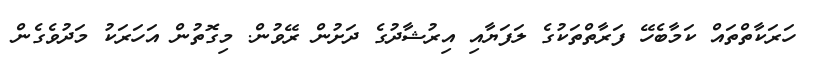
ހަރަކާތްތައް ކަމާބެހޭ ފަރާތްތަކުގެ ލަފަޔާއި އިރުޝާދުގެ ދަށުން ރޭވުން. މިގޮތުން އަހަރަކު މަދުވެގެން